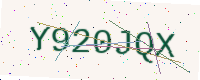
Text: Y920JQX